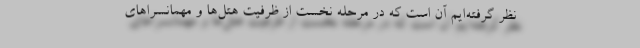
نظر گرفته‌ایم آن است که در مرحله نخست از ظرفیت هتل‌ها و مهمانسراهای